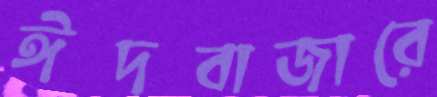
ঈদবাজারে